Scottish Leaving Certificate Examination, 1959
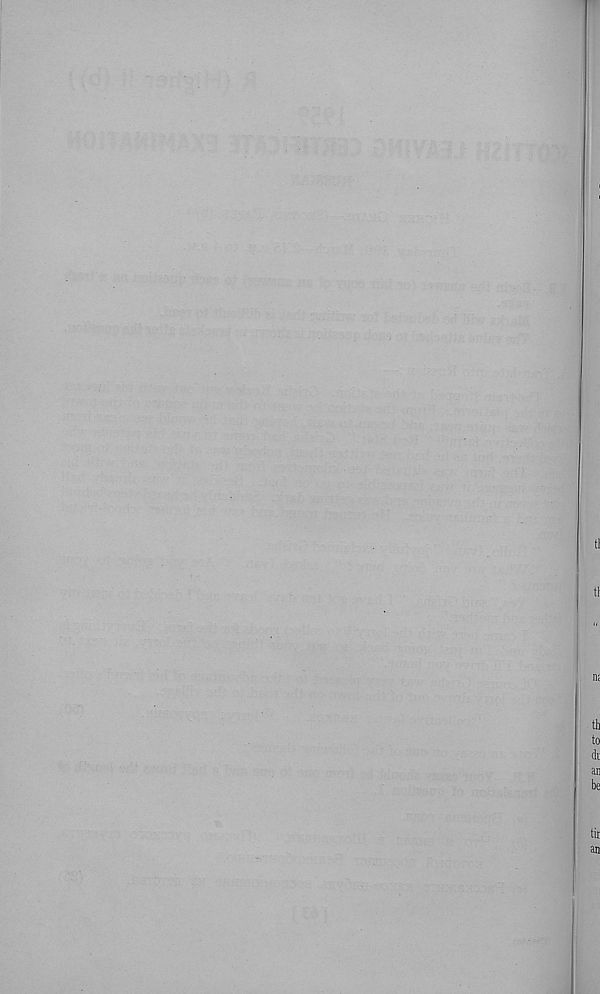
ti
tl
n;
th
to
di
an
be
tir
an